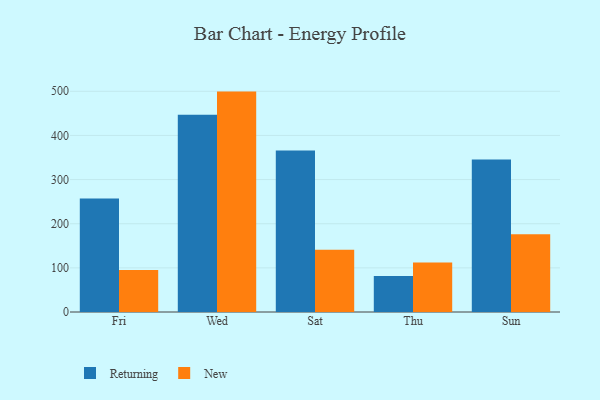
{"axis": {"x": "Day", "y": "Inventory Turnover"}, "legend": ["New", "Returning"], "data": [{"x": "Fri", "y": 257.2, "type": "Returning"}, {"x": "Fri", "y": 95.2, "type": "New"}, {"x": "Wed", "y": 447.1, "type": "Returning"}, {"x": "Wed", "y": 499.3, "type": "New"}, {"x": "Sat", "y": 366.1, "type": "Returning"}, {"x": "Sat", "y": 140.8, "type": "New"}, {"x": "Thu", "y": 81.8, "type": "Returning"}, {"x": "Thu", "y": 112.1, "type": "New"}, {"x": "Sun", "y": 345.2, "type": "Returning"}, {"x": "Sun", "y": 176.3, "type": "New"}]}